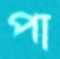
পা